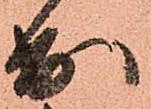
出